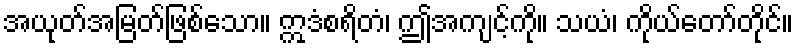
အယုတ်အမြတ်ဖြစ်သော။ ဣဒံစရိတံ၊ ဤအကျင့်ကို။ သယံ၊ ကိုယ်တော်တိုင်။